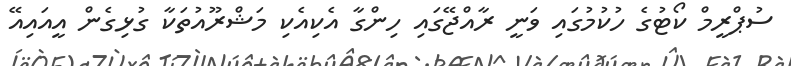
ސުޕްރީމް ކޯޓުގެ ހުކުމުގައި ވަނީ ރާއްޖޭގައި ހިންގާ އެކިއެކި މަޝްރޫއުތަކާ ގުޅިގެން އީއައިއޭ